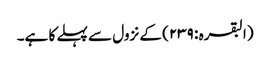
(البقرہ : ٢٣٩) کے نزول سے پہلے کا ہے۔